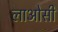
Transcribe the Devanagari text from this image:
लाओसी